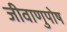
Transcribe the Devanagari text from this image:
जीवाणुपोष